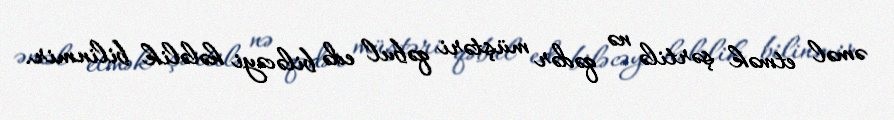
əməl etmək şərtilə nə qədər müştəri qəbul edə biləcəyi hələlik bilinmir.